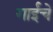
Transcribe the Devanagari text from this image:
गाईंचे